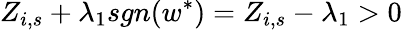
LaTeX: Z_{i,s}+\lambda_{1}sgn(w^{\ast})=Z_{i,s}-\lambda_{1}>0